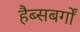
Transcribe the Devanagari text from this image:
हैब्सबर्गों